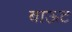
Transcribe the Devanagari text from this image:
बाऊट